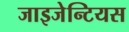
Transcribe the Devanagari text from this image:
जाइजेन्टियस